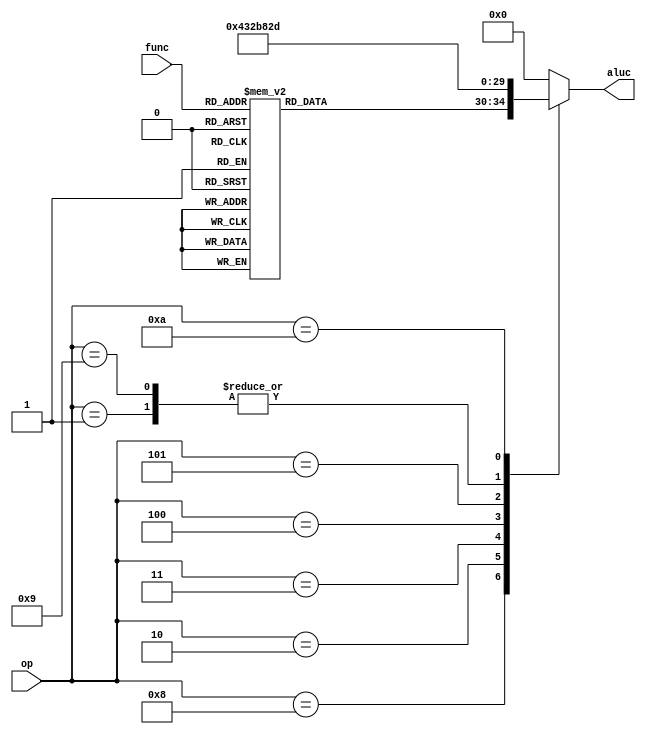
module alt_ctl_2(op,func,aluc
    );
	input [5:0] op,func;
	output reg [4:0] aluc;
	always @* 
	begin
		case(op)
			6'b001000 : begin
				case(func)
					6'b100000 : aluc =  0;	
					6'b100010 : aluc =  1;	
					6'b100100 : aluc =  2;	
					6'b100101 : aluc =  3;	
					6'b100110 : aluc =  4;	
					6'b101010 : aluc =  5;	
					6'b000000 : aluc =  6;	
					6'b000100 : aluc =  7;	
					6'b000011 : aluc =  8;	
					6'b000111 : aluc =  9;	
					6'b000010 : aluc = 10;	
					6'b000110 : aluc = 11;	
					6'b000001 : aluc = 12;	
					6'b000010 : aluc = 13;	
					6'b011011 : aluc = 14; 
					default   : aluc =  0;
				endcase
			end
			6'b000000 : aluc =  0;
			6'b000001 : aluc =  1;
			6'b000010 : aluc =  2;
			6'b000011 : aluc =  3;
			6'b000100 : aluc =  5;
			6'b000101 : aluc = 14;
			6'b001001 : aluc =  1;
			6'b001010 : aluc =  13;
			default : aluc = 0;
		endcase
	end
endmodule